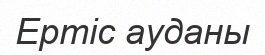
Ертіс ауданы